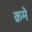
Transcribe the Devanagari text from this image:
क्रमे